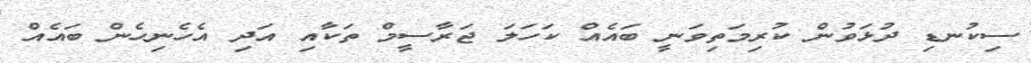
ސިކުނޑި ދުޅަވުން ކުރިމަތިވަނީ ބައެއް ކަހަލަ ޖަރާސީމް ތަކާއި އަދި އެހެނިހެން ބައެއް